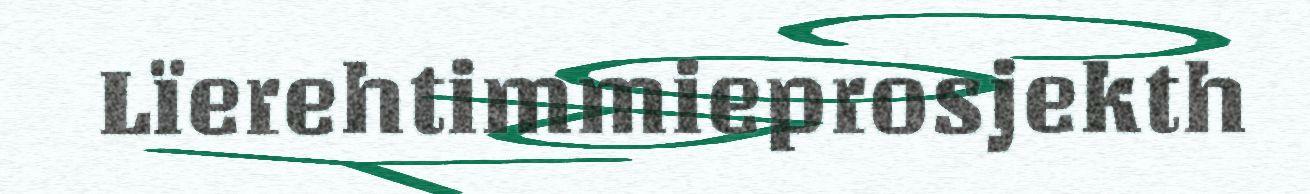
Lïerehtimmieprosjekth